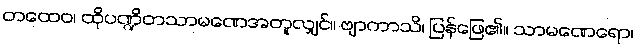
တထေဝ၊ ထိုပဏ္ဍိတသာမဏေအတူလျှင်။ ဗျာကာသိ၊ ပြန်ဖြေ၏။ သာမဏေရော၊